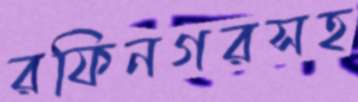
রফিনগরসহ